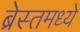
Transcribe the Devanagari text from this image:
ब्रेस्तमध्ये